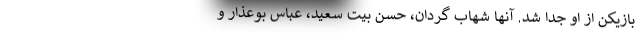
بازیکن از او جدا شد. آنها شهاب گردان، حسن بیت سعید، عباس بوعذار و